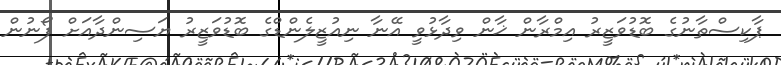
ޕާކިސްތާނުގެ ބޮޑުވަޒީރު އިމްރާން ޚާން ވިދާޅުވީ އޭނާ ނިއުޒީލެންޑްގެ ބޮޑުވަޒީރު ޔަސިންދާއަށް ފޯނުން